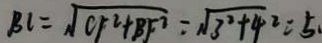
B C = \sqrt { C F ^ { 2 } + B F ^ { 2 } } = \sqrt { 3 ^ { 2 } + 4 ^ { 2 } } = 5